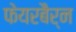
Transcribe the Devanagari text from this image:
फेयरबैर्न